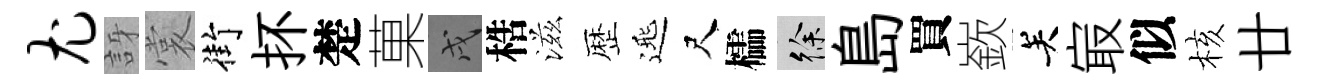
尤訝裳街抔楚菓戌梏滋歴𨓱尺櫺徐島買嶔关㝡似核廿